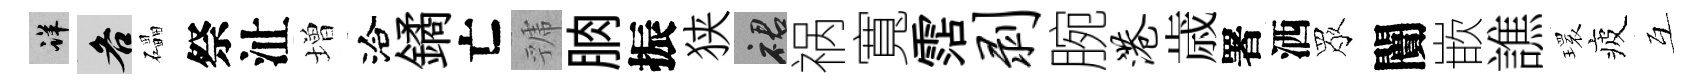
详各礧祭沚増洽鐍亡虢朒振狭裙祸寬霑剥腕港歳署洒眾闠嵌譙𤨔疲互